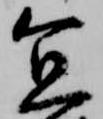
宜